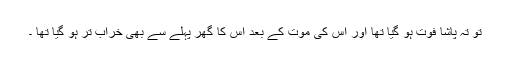
تو تہ پاشا فوت ہو گیا تھا اور اس کی موت کے بعد اس کا گھر پہلے سے بھی خراب تر ہو گیا تھا ۔